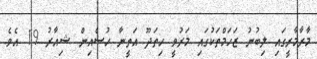
މާރާމާރީގައި ލިބުނު ޒަހަމްތަކުގައި މަރުވީ ހިތަދޫ އަތީނާ ހުސެއިން ޝިއާރު 19 އެވެ.